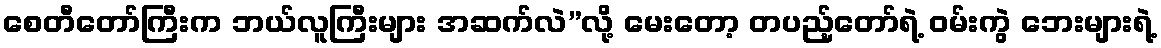
စေတီတော်ကြီးက ဘယ်လူကြီးများ အဆက်လဲ”လို့ မေးတော့ တပည့်တော်ရဲ့ ဝမ်းကွဲ ဘေးများရဲ့